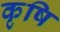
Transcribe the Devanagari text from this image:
कृषि